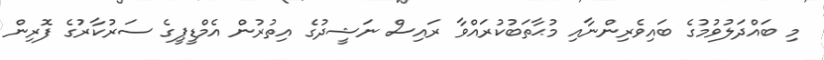
މި ބައްދަލުވުމުގެ ބައިވެރިންނާއި މުޙާތަބުކުރައްވާ ރައިސް ނަޝީދުގެ އިތުރުން އެމްޑީޕީގެ ސަރުކާރުގެ ފޮރިން